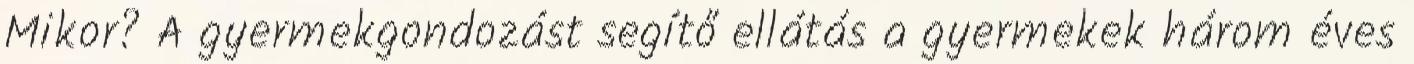
Mikor? A gyermekgondozást segítő ellátás a gyermekek három éves